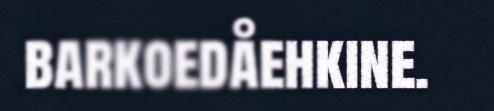
barkoedåehkine.